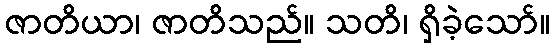
ဇာတိယာ၊ ဇာတိသည်။ သတိ၊ ရှိခဲ့သော်။